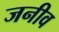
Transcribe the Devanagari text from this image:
जनीव